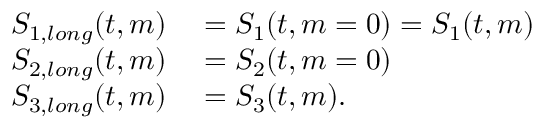
\begin{array} { r l } { S _ { 1 , l o n g } ( t , m ) } & { { } = S _ { 1 } ( t , m = 0 ) = S _ { 1 } ( t , m ) } \\ { S _ { 2 , l o n g } ( t , m ) } & { { } = S _ { 2 } ( t , m = 0 ) } \\ { S _ { 3 , l o n g } ( t , m ) } & { { } = S _ { 3 } ( t , m ) . } \end{array}